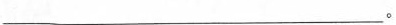
___。